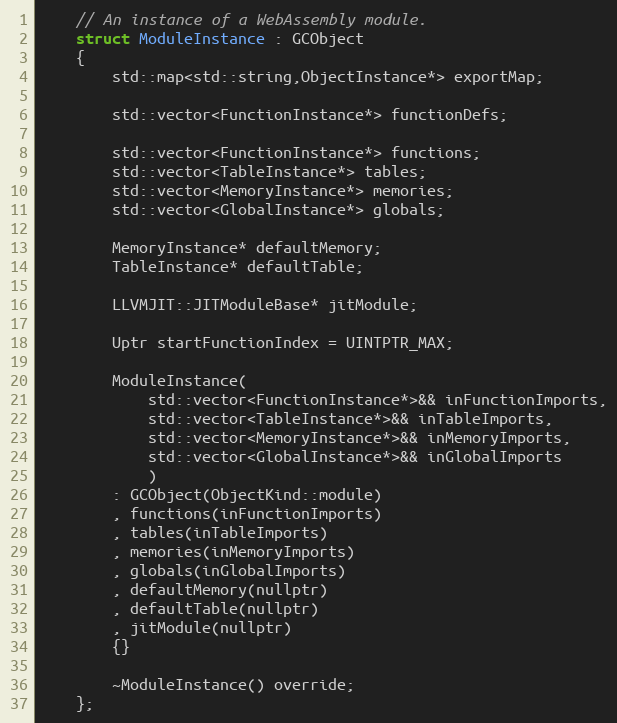
Language: C
	// An instance of a WebAssembly module.
	struct ModuleInstance : GCObject
	{
		std::map<std::string,ObjectInstance*> exportMap;

		std::vector<FunctionInstance*> functionDefs;

		std::vector<FunctionInstance*> functions;
		std::vector<TableInstance*> tables;
		std::vector<MemoryInstance*> memories;
		std::vector<GlobalInstance*> globals;

		MemoryInstance* defaultMemory;
		TableInstance* defaultTable;

		LLVMJIT::JITModuleBase* jitModule;

		Uptr startFunctionIndex = UINTPTR_MAX;

		ModuleInstance(
			std::vector<FunctionInstance*>&& inFunctionImports,
			std::vector<TableInstance*>&& inTableImports,
			std::vector<MemoryInstance*>&& inMemoryImports,
			std::vector<GlobalInstance*>&& inGlobalImports
			)
		: GCObject(ObjectKind::module)
		, functions(inFunctionImports)
		, tables(inTableImports)
		, memories(inMemoryImports)
		, globals(inGlobalImports)
		, defaultMemory(nullptr)
		, defaultTable(nullptr)
		, jitModule(nullptr)
		{}

		~ModuleInstance() override;
	};